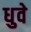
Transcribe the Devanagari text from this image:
धुवे